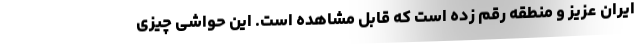
ایران عزیز و منطقه رقم زده است که قابل مشاهده است. این حواشی چیزی